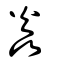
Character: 焱